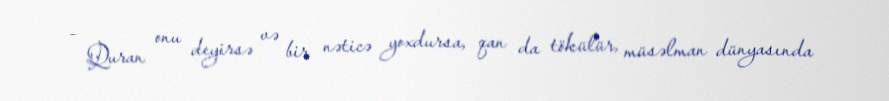
- Quran onu deyirsə və bir nəticə yoxdursa, qan da tökülür, müsəlman dünyasında